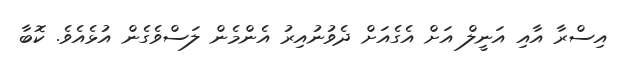
އިސްރާ އާއި އަނީލް އަށް އެގެއަށް ދެވުނުއިރު އެންމެން ލަސްވެގެން އުޅެއެވެ. ކޮބާ